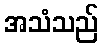
အသံသည်